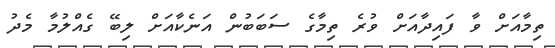
ތިމާއަށް ވާ ފައިދާއަށް ވުރެ ތިމާގެ ސަބަބުން އަނެކާއަށް ލިބޭ ގެއްލުމާ މެދު